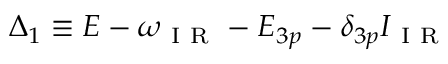
\Delta _ { 1 } \equiv E - \omega _ { \mathrm { ~ I ~ R ~ } } - E _ { 3 p } - \delta _ { 3 p } I _ { \mathrm { ~ I ~ R ~ } }